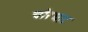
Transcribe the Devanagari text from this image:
चीरधाट